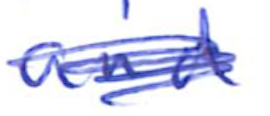
Text: and
Cross-out: scratch
Writing tool: ballpoint